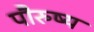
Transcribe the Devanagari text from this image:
पौरुष्य